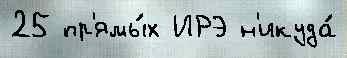
25 пр'ямы́х ИРЭ н'икуда́